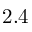
2 . 4